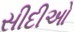
સીદીઓ